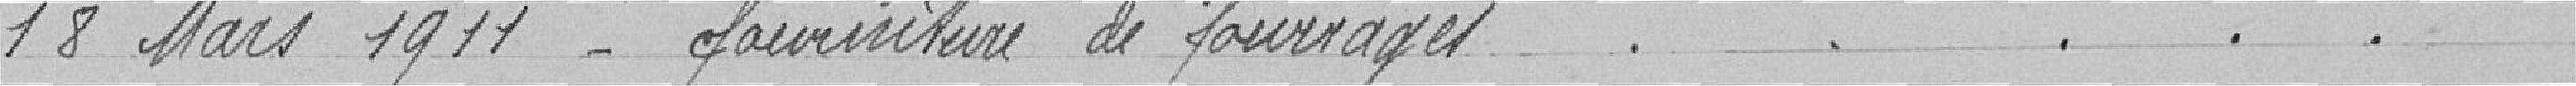
18 mars 1911 - fourniture de fourrages